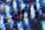
إرهابيين